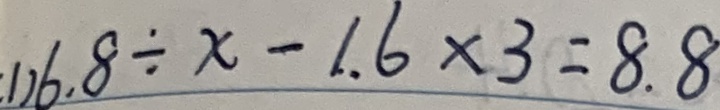
1 ) 6 . 8 \div x - 1 . 6 \times 3 = 8 . 8